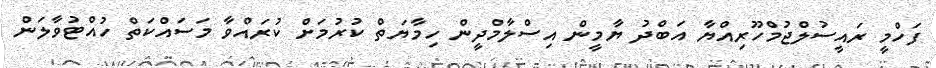
ފަހްމީ ރައީސުލްޖުމްހޫރިއްޔާ އަބްދު ޔާމީން އިސްލާމްދީން ހިމާޔަތް ކުރުމަށް ކުރައްވާ މަސައްކަތް ހުއްޓުވާލަން